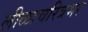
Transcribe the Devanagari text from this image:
लीळाचरित्रभर